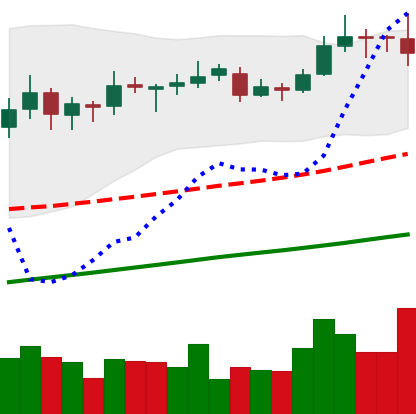
Ticker: ETC-USD
Chart end date: 2019-06-26
Forward return: -14.122%
Label: down_7plus